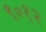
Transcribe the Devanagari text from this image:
९०१२